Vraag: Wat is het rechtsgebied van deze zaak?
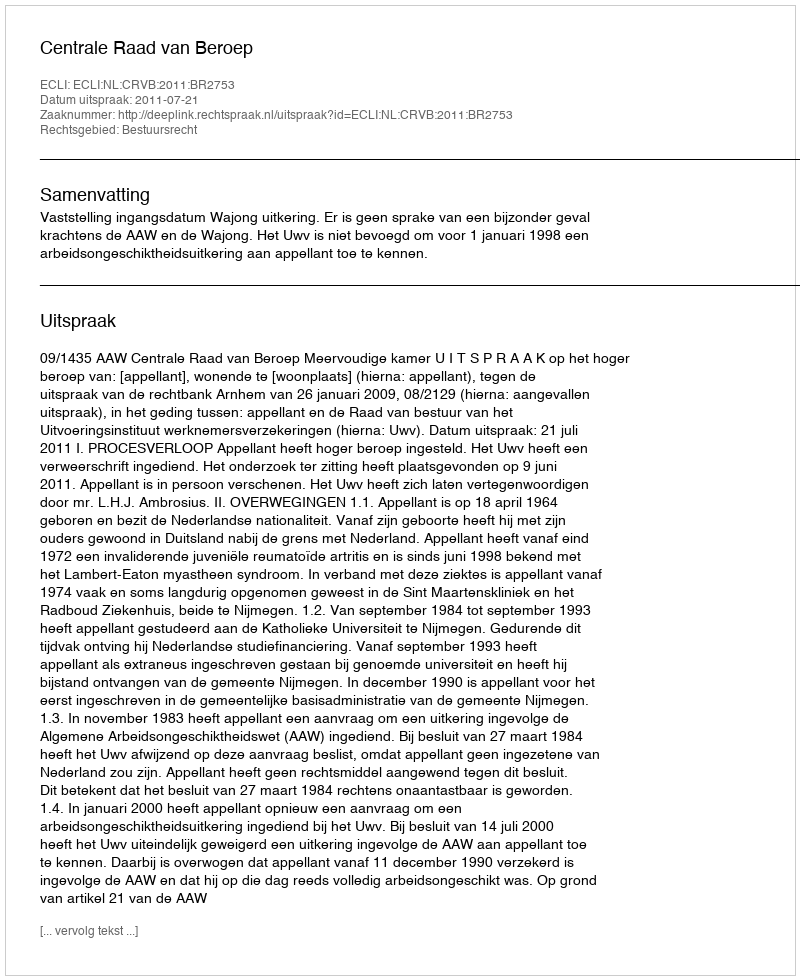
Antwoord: Bestuursrecht